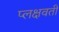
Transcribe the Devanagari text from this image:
प्लक्षवती